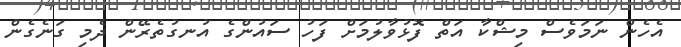
އެހެން ނަމަވެސް މިޝްކާ އަތް ފޮޅުވާލުމަށް ފަހު ސައުންގެ އުނގުތެރޭން ދެމި ގަނެގެން